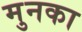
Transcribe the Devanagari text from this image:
मुनका